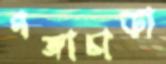
গঙ্গাচাড়া